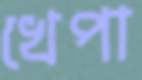
খেপা